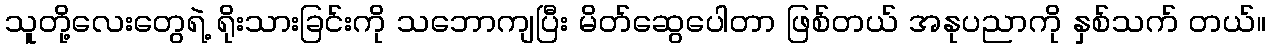
သူတို့လေးတွေရဲ့ ရိုးသားခြင်းကို သဘောကျပြီး မိတ်ဆွေပေါတာ ဖြစ်တယ် အနုပညာကို နှစ်သက် တယ်။